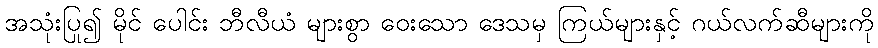
အသုံးပြု၍ မိုင် ပေါင်း ဘီလီယံ များစွာ ဝေးသော ဒေသမှ ကြယ်များနှင့် ဂယ်လက်ဆီများကို